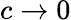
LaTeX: c\to 0